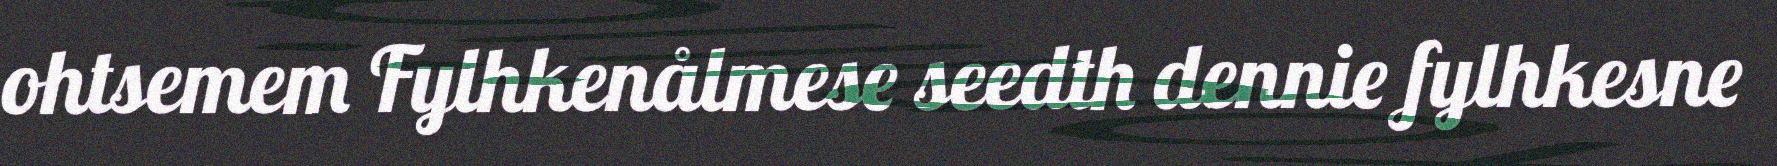
ohtsemem Fylhkenålmese seedth dennie fylhkesne